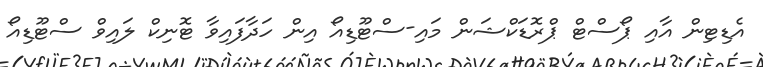
އެޑިޓިން އާއި ޕޯސްޓް ޕްރޮޑަކްޝަން މައި-ސްޓޫޑިއޯ އިން ހަދާފައިވާ ޓޮނިކް ލައިވް ސްޓޫޑިއޯ